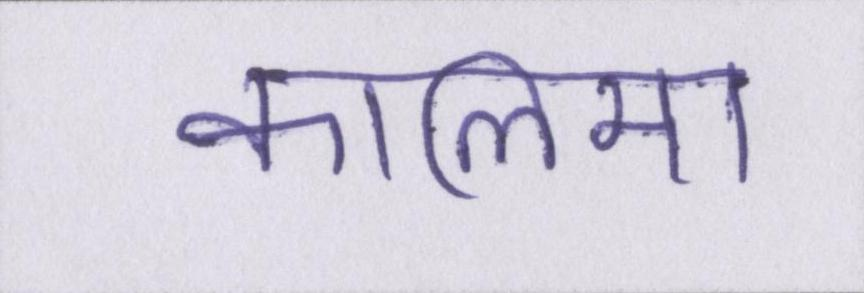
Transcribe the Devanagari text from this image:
कालिमा